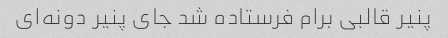
پنیر قالبی برام فرستاده شد جای پنیر دونه‌ای